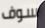
سوف